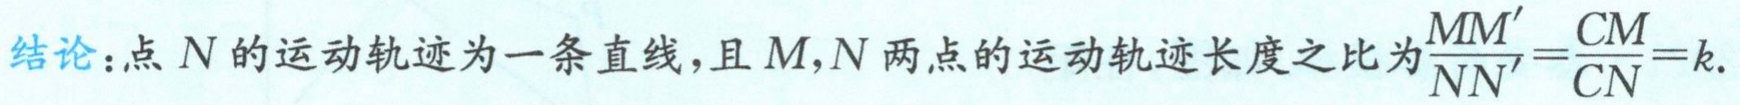
结论：点 \(N\) 的运动轨迹为一条直线，且 \(M,N\) 两点的运动轨迹长度之比为\(\frac{MM'}{NN'}=\frac{CM}{CN}=k\).